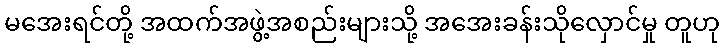
မအေးရင်တို့ အထက်အဖွဲ့အစည်းများသို့ အအေးခန်းသိုလှောင်မှု တူဟု